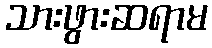
သားဖွားဆရာမ